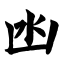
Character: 凼